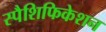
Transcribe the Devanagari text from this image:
स्पैशिफिकेशन